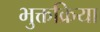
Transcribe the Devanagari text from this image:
भुक्तक्रिया